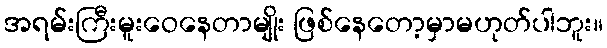
အရမ်းကြီးမူးဝေနေတာမျိုး ဖြစ်နေတော့မှာမဟုတ်ပါဘူး။